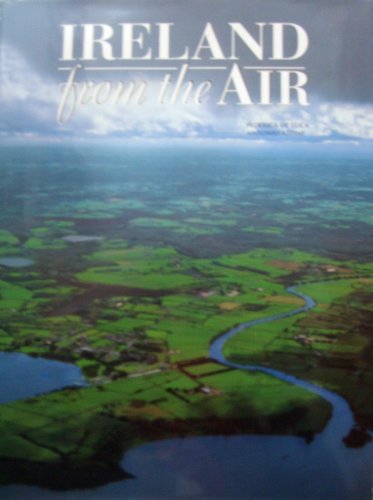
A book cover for Ireland from the Air; Federica De Luca; Arts & Photography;